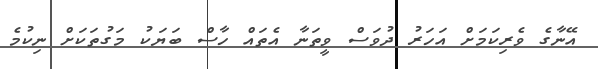
އޭނާގެ ވެރިކަމަށް އަހަރު ދުވަސް ވީތަނާ އެތައް ހާސް ބަޔަކު މަގުތަކަށް ނިކުމެ